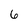
Character: 6